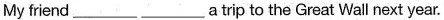
My friend ___ ___ a trip to the Great Wall next year.